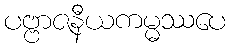
ပဗ္ဗာဇနီယကမ္မဿပေ